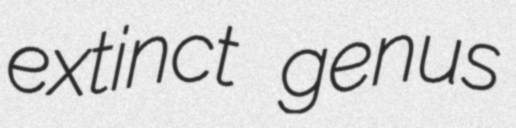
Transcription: extinct genus